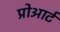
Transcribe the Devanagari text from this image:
प्रोआर्ट